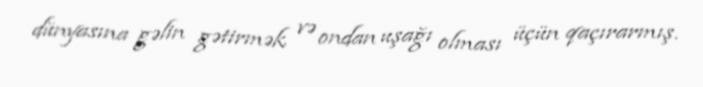
dünyasına gəlin gətirmək və ondan uşağı olması üçün qaçırarmış.